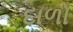
દાળો